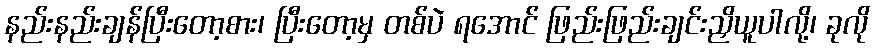
နည်းနည်းချန်ပြီးတော့စား၊ ပြီးတော့မှ တစ်ပဲ ရအောင် ဖြည်းဖြည်းချင်းညှိယူပါလို့၊ ခုလို